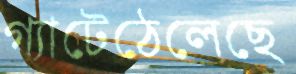
গ্যাটেঠেলেছে